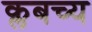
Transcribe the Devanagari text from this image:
क्लबच्य